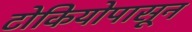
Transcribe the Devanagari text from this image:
टोकियोपासून